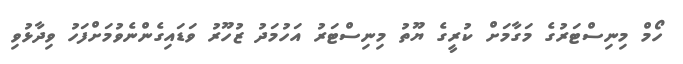
ހޯމް މިނިސްޓަރުގެ މަގާމަށް ކުރީގެ ޔޫތު މިނިސްޓަރު އަހުމަދު ޒުހޫރު ވަޑައިގެންނެވުމަށްފަހު ވިދާޅުވި